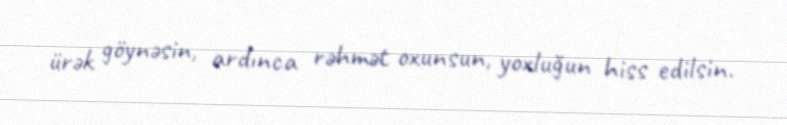
ürək göynəsin, ardınca rəhmət oxunsun, yoxluğun hiss edilsin.